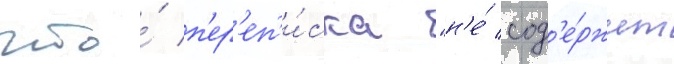
что́ п'ер'еп'и́ска "н'е́ сод'е́ржит